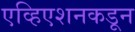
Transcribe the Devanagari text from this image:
एव्हिएशनकडून